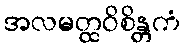
အလမတ္ထဝိစိန္တကံ